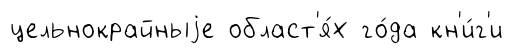
цельнокрайныjе област'я́х го́да кн'и́г'и